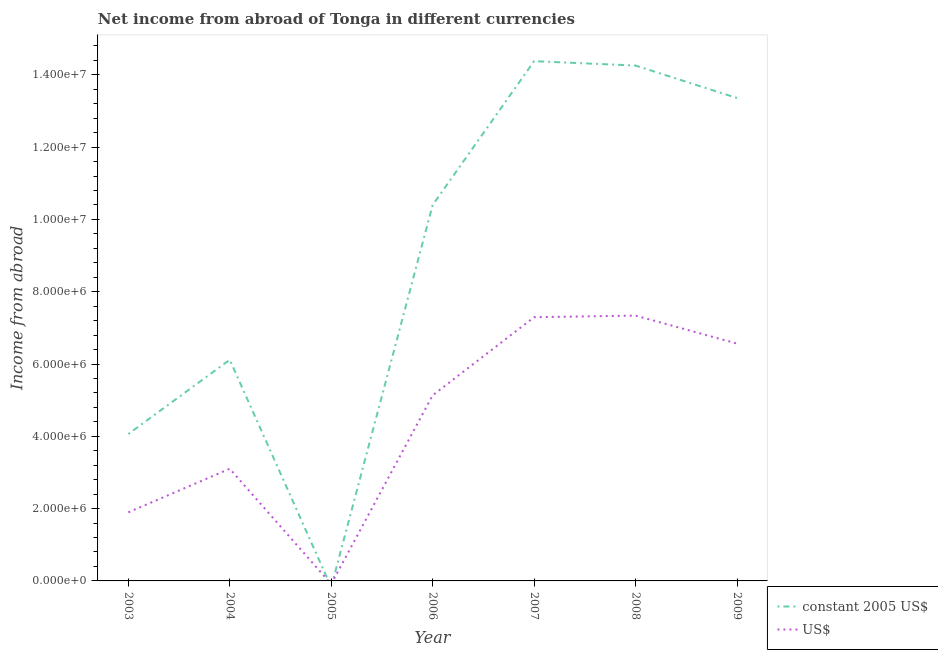
| Year | constant 2005 US$ | US$ |
 | --- | --- | --- |
 | 2003 | 4.06e+06 | 1.9e+06 |
 | 2004 | 6.12e+06 | 3.1e+06 |
 | 2005 | -1.7e+05 | -8.75e+04 |
 | 2006 | 1.04e+07 | 5.13e+06 |
 | 2007 | 1.44e+07 | 7.29e+06 |
 | 2008 | 1.43e+07 | 7.34e+06 |
 | 2009 | 1.34e+07 | 6.57e+06 |